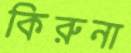
কিরুনা